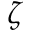
{ \zeta }